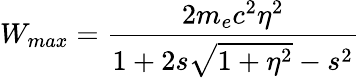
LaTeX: W_{max}=\frac{2m_{e}c^{2}\eta^{2}}{1+2s\sqrt{1+\eta^{2}}-s^{2}}